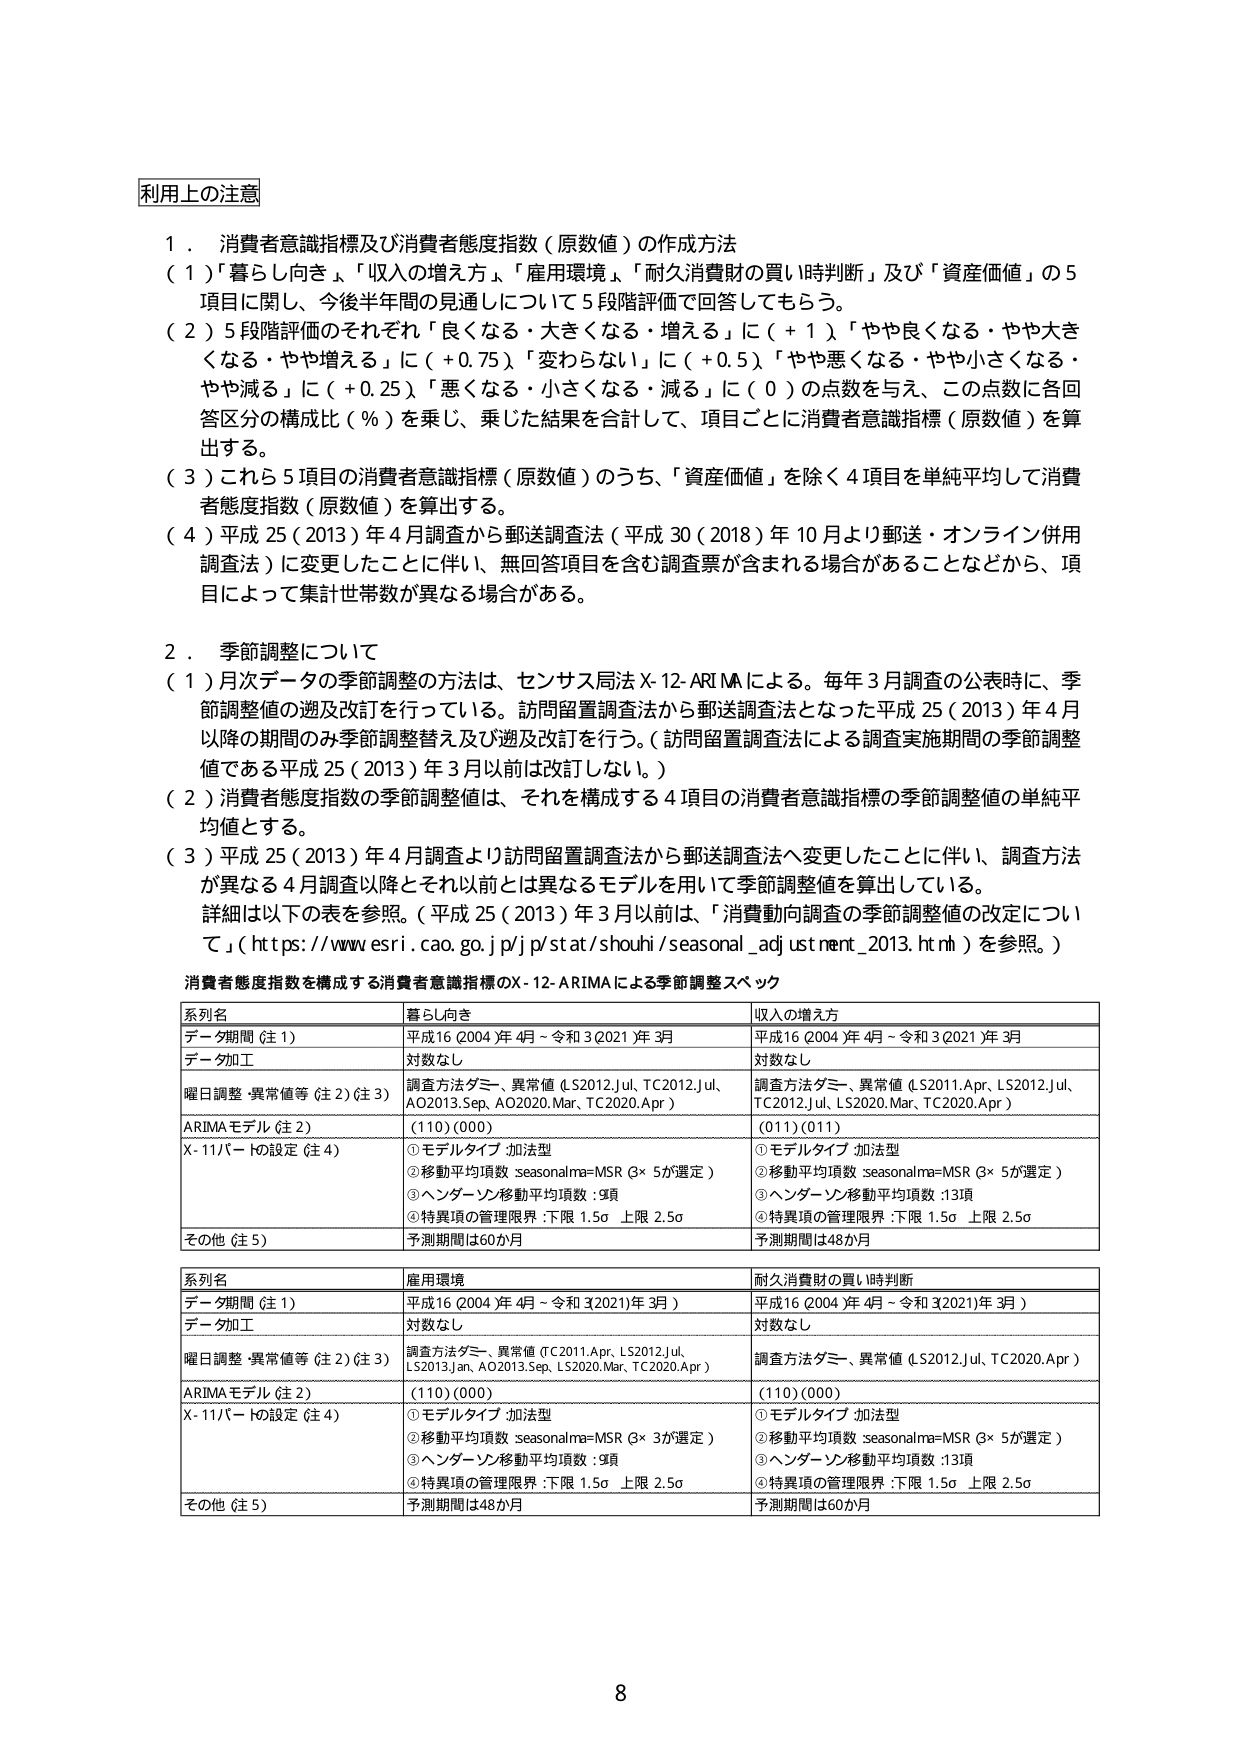
利用上の注意

１．消費者意識指標及び消費者態度指数（原数値）の作成方法
（１）「暮らし向き」、「収入の増え方」、「雇用環境」、「耐久消費財の買い時判断」及び「資産価値」の５項目に関して、今後半年間の見通しについて５段階評価で回答してもらう。
（２）５段階評価のそれぞれ「良くなる・大きくなる・増える」に（＋１）、「やや良くなる・やや大きくなる・やや増える」に（＋0.75）、「変わらない」に（＋0.5）、「やや悪くなる・やや小さくなる・やや減る」に（＋0.25）、「悪くなる・小さくなる・減る」に（０）の点数を与え、この点数に各回答区分の構成比（％）を乗じ、乗じた結果を合計して、項目ごとに消費者意識指標（原数値）を算出する。
（３）これら５項目の消費者意識指標（原数値）のうち、「資産価値」を除く４項目を単純平均して消費者態度指数（原数値）を算出する。
（４）平成25（2013）年４月調査から郵送調査法（平成30（2018）年10月より郵送・オンライン併用調査法）に変更したことに伴い、無回答項目を含む調査票が含まれる場合があることなどから、項目によって集計世帯数が異なる場合がある。

２．季節調整について
（１）月次データの季節調整の方法は、センサス局法X-12-ARIMAによる。毎年３月調査の公表時に、季節調整値の遡及改訂を行っている。訪問留置調査法から郵送調査法となった平成25（2013）年４月以降の期間のみ季節調整替え及び遡及改訂を行う。（訪問留置調査法による調査実施期間の季節調整値である平成25（2013）年３月以前は改訂しない。）
（２）消費者態度指数の季節調整値は、それを構成する４項目の消費者意識指標の季節調整値の単純平均値とする。
（３）平成25（2013）年４月調査より訪問留置調査法から郵送調査法へ変更したことに伴い、調査方法が異なる４月調査以降とそれ以前とは異なるモデルを用いて季節調整値を算出している。
詳細は以下の表を参照。（平成25（2013）年３月以前は、「消費動向調査の季節調整値の改定について」（https://www.esri.cao.go.jp/jp/stat/shouhi/seasonal_adjustment_2013.html）を参照。）

消費者態度指数を構成する消費者意識指標のX-12-ARIMAによる季節調整スペック

| 系列名 | 暮らし向き | 収入の増え方 |
|---|---|---|
| データ期間（注１） | 平成16（2004）年４月－令和3（2021）年３月 | 平成16（2004）年４月－令和3（2021）年３月 |
| データ加工 | 対数なし | 対数なし |
| 曜日調整・異常値等（注２）（注３） | 調査方法ダミー、異常値（LS2012.Jul、TC2012.Jul、AO2013.Sep、AO2020.Mar、TC2020.Apr） | 調査方法ダミー、異常値（LS2011.Apr、LS2012.Jul、TC2012.Jul、LS2020.Mar、TC2020.Apr） |
| ARIMAモデル（注２） | (110)(000) | (011)(011) |
| X-11/パートの設定（注４） | ①モデルタイプ：加法型<br>②移動平均項数：seasonalma=MSR（3×5が選定）<br>③ヘンダーソン移動平均項数：9項<br>④特異項の管理限界：下限1.5σ 上限2.5σ | ①モデルタイプ：加法型<br>②移動平均項数：seasonalma=MSR（3×5が選定）<br>③ヘンダーソン移動平均項数：13項<br>④特異項の管理限界：下限1.5σ 上限2.5σ |
| その他（注５） | 予測期間は60か月 | 予測期間は48か月 |

| 系列名 | 雇用環境 | 耐久消費財の買い時判断 |
|---|---|---|
| データ期間（注１） | 平成16（2004）年４月－令和3（2021）年３月） | 平成16（2004）年４月－令和3（2021）年３月） |
| データ加工 | 対数なし | 対数なし |
| 曜日調整・異常値等（注２）（注３） | 調査方法ダミー、異常値（TC2011.Apr、LS2012.Jul、LS2013.Jan、AO2013.Sep、LS2020.Mar、TC2020.Apr） | 調査方法ダミー、異常値（LS2012.Jul、TC2020.Apr） |
| ARIMAモデル（注２） | (110)(000) | (110)(000) |
| X-11/パートの設定（注４） | ①モデルタイプ：加法型<br>②移動平均項数：seasonalma=MSR（3×3が選定）<br>③ヘンダーソン移動平均項数：9項<br>④特異項の管理限界：下限1.5σ 上限2.5σ | ①モデルタイプ：加法型<br>②移動平均項数：seasonalma=MSR（3×5が選定）<br>③ヘンダーソン移動平均項数：13項<br>④特異項の管理限界：下限1.5σ 上限2.5σ |
| その他（注５） | 予測期間は48か月 | 予測期間は60か月 |

8